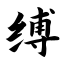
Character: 缚